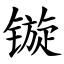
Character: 镟